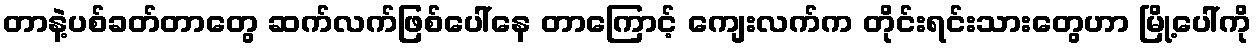
တာနဲ့ပစ်ခတ်တာတွေ ဆက်လက်ဖြစ်ပေါ်နေ တာကြောင့် ကျေးလက်က တိုင်းရင်းသားတွေဟာ မြို့ပေါ်ကို